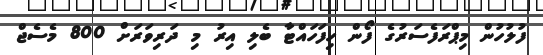
ފުލުހުން މިޕްރަފެސަރުގެ ފޯން ހިފަހައްޓާ ބެލި އިރު މި ދަރިވަރަށް 800 މެސެޖް